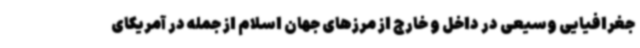
جغرافیایی وسیعی در داخل و خارج از مرزهای جهان اسلام از جمله در آمریکای